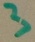
Text: 3